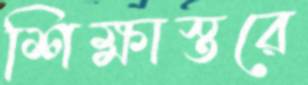
শিক্ষাস্তরে